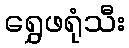
ရွှေဖရုံသီး